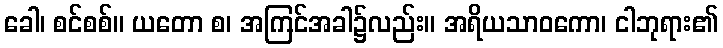
ခေါ၊ စင်စစ်။ ယတော စ၊ အကြင်အခါ၌လည်း။ အရိယသာဝကော၊ ငါဘုရား၏